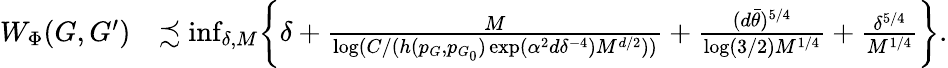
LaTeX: \begin{array}{rl}{W_{\Phi}(G,G^{\prime})}&{\precsim\operatorname*{inf}_{\delta,M}\biggr\{ \delta+\frac{M}{\log(C/(h(p_{G},p_{G_{0}})\exp(\alpha^{2}d\delta^{-4})M^{d/2}))}+\frac{(d\bar{\theta})^{5/4}}{\log(3/2)M^{1/4}}+\frac{\delta^{5/4}}{M^{1/4}}\biggr\} .}\end{array}